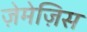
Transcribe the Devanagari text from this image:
ज़ेमेज़िस